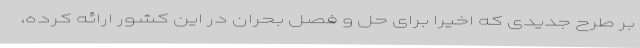
بر طرح جدیدی که اخیرا برای حل و فصل بحران در این کشور ارائه کرده،